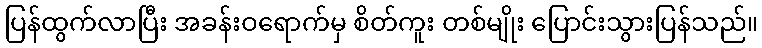
ပြန်ထွက်လာပြီး အခန်းဝရောက်မှ စိတ်ကူး တစ်မျိုး ပြောင်းသွားပြန်သည်။